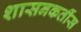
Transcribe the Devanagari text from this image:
शासनकर्तीस